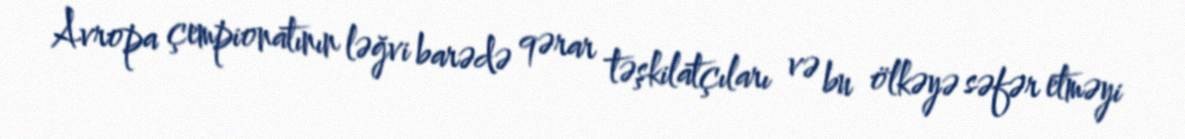
Avropa çempionatının ləğvi barədə qərar təşkilatçıları və bu ölkəyə səfər etməyi